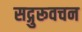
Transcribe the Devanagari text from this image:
सद्गुरूवचन